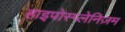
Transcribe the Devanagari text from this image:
हाइपोस्प्लेनिज़म